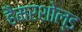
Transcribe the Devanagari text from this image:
हैमरशोल्ड